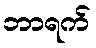
ဘာရက်